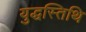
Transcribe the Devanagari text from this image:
युद्धस्तिथि